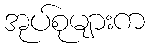
အုပ်စုများက